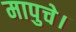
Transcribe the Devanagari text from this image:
मापुचे।